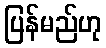
ပြန်မည်ဟု